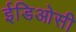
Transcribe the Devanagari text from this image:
ईडिओसी